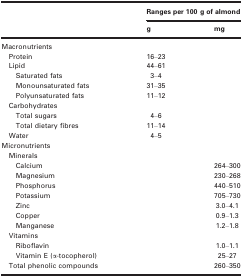
| <ROWSPAN=2>  | <COLSPAN=2> Ranges per 100 g of almond |
 | g | mg |
 | --- | --- | --- |
 | <COLSPAN=3> Macronutrients |
 | Protein | 16–23 |  |
 | Lipid | 44–61 |  |
 | Saturated fats | 3–4 |  |
 | Monounsaturated fats | 31–35 |  |
 | Polyunsaturated fats | 11–12 |  |
 | <COLSPAN=3> Carbohydrates |
 | Total sugars | 4–6 |  |
 | Total dietary fibres | 11–14 |  |
 | Water | 4–5 |  |
 | <COLSPAN=3> Micronutrients |
 | <COLSPAN=3> Minerals |
 | Calcium |  | 264–300 |
 | Magnesium |  | 230–268 |
 | Phosphorus |  | 440–510 |
 | Potassium |  | 705–730 |
 | Zinc |  | 3.0–4.1 |
 | Copper |  | 0.9–1.3 |
 | Manganese |  | 1.2–1.8 |
 | <COLSPAN=3> Vitamins |
 | Riboflavin |  | 1.0–1.1 |
 | Vitamin E (α‐tocopherol) |  | 25–27 |
 | Total phenolic compounds |  | 260–350 |